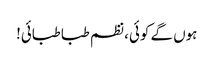
ہوں گے کوئی، نظم طبا طبائی!